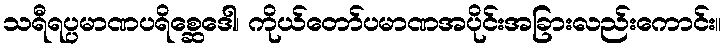
သရီရပ္ပမာဏပရိစ္ဆေဒေါ၊ ကိုယ်တော်ပမာဏအပိုင်းအခြားလည်းကောင်း။